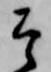
そ